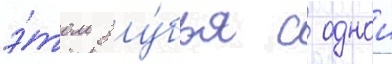
э́том зу́бья с однои